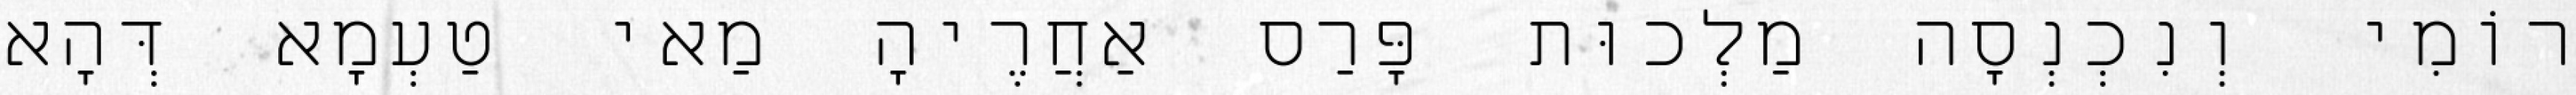
רוֹמִי וְנִכְנְסָה מַלְכוּת פָּרַס אַחֲרֶיהָ מַאי טַעְמָא דְּהָא